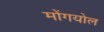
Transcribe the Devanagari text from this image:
मोंगयोल